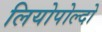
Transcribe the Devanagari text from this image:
लियोपोल्दो